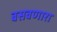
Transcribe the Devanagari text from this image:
बसवणारा